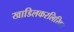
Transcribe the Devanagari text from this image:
खाडिलकरलिखित